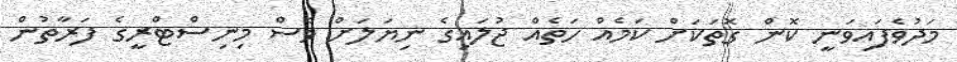
މަދުވެފައިވަނީ ކޮން ގޮތަކަށް ކަމެއް ހަތެއް ޖުލައިގެ ނިޔަލަށް ވެސް މިނިސްޓްރީގެ ފަރާތުން